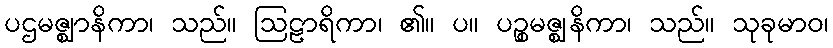
ပဌမဇ္ဈာနိကာ၊ သည်။ ဩဠာရိကာ၊ ၏။ ပ။ ပဉ္စမဇ္ဈနိကာ၊ သည်။ သုခုမာဝ၊